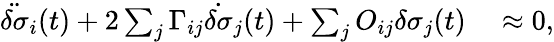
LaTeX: \begin{array}{rl}{\ddot{\delta\sigma}_{i}(t)+2\sum_{j}\Gamma_{ij}\dot{\delta\sigma}_{j}(t)+\sum_{j}O_{ij}\delta\sigma_{j}(t)}&{{}\approx 0,}\end{array}